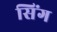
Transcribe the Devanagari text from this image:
सिंग